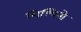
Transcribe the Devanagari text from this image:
शिल्पिनो